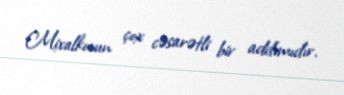
Mixalkovun çox cəsarətli bir addımıdır.